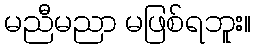
မညီမညာ မဖြစ်ရဘူး။